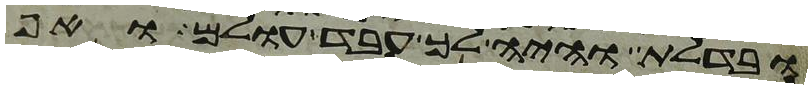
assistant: ובדלת והיה לך עבד עולם ואף